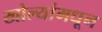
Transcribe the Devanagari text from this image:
खोल्यांमधून